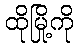
ထိုမြို့ကို